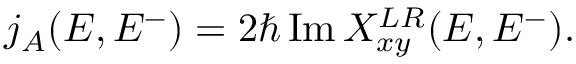
\begin{array} { r } { j _ { A } ( E , E ^ { - } ) = 2 \hbar \operatorname { I m } X _ { x y } ^ { L R } ( E , E ^ { - } ) . } \end{array}